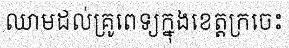
ឈាមដល់គ្រូពេទ្យក្នុងខេត្តក្រចេះ